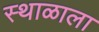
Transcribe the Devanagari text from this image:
स्थाळाला